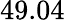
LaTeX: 49.04